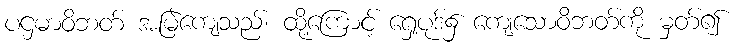
ပဌမာဝိဘတ် အမြဲကျေသည်၊ ထို့ကြောင့် ရှေ့ပုဒ်၌ ကျေသောဝိဘတ်ကို မှတ်၍